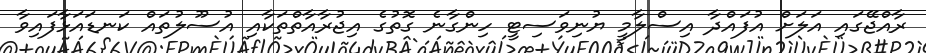
ރާއްޖޭގައި އަލަށް އުފައްދާ އިސްލާމީ ޔުނިވަސިޓީ ހިންގާނެ ގޮތުގެ އިޖުރާއާތްތަކާއި އުސޫލުތައް ކަނޑައަޅާފައިވާ